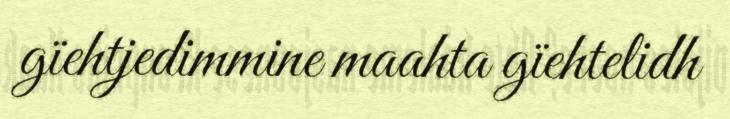
gïehtjedimmine maahta gïehtelidh